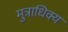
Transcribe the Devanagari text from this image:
मुत्राधिक्य